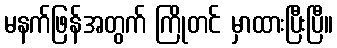
မနက်ဖြန်အတွက် ကြိုတင် မှာထားပြီးပြီ။